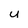
Character: u